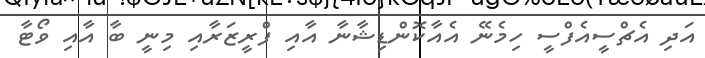
އަދި އެޗްސީއެފްސީ ހިމެނޭ އެއާކޮންޑިޝާނާ އާއި ފްރީޒަރާއި މިނީ ބާ އާއި ވޯޓާ